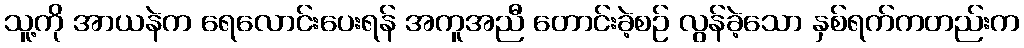
သူ့ကို အာယနဲက ရေလောင်းပေးရန် အကူအညီ တောင်းခဲ့စဉ် လွန်ခဲ့သော နှစ်ရက်ကတည်းက